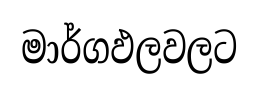
මාර්ගඵලවලට